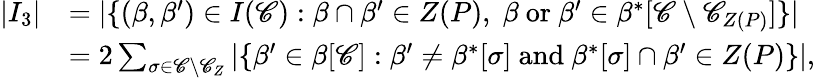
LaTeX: \begin{array}{rl}{|I_{3}|}&{=|\{ (\beta,\beta^{\prime})\in I(\mathscr{C}):\beta\cap\beta^{\prime}\in Z(P),\; \beta\mathrm{~or~}\beta^{\prime}\in\beta^{\ast}[\mathscr{C}\setminus\mathscr{C}_{Z(P)}]\} |}\\ &{=2\sum_{\sigma\in\mathscr{C}\setminus\mathscr{C}_{Z}}|\{ \beta^{\prime}\in\beta[\mathscr{C}]:\beta^{\prime}\neq\beta^{\ast}[\sigma]\mathrm{~and~}\beta^{\ast}[\sigma]\cap\beta^{\prime}\in Z(P)\} |,}\end{array}